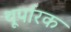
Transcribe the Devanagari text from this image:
थूर्पारक